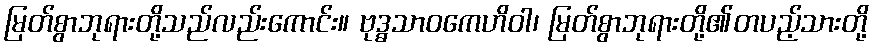
မြတ်စွာဘုရားတို့သည်လည်းကောင်း။ ဗုဒ္ဓသာဝကေဟိဝါ၊ မြတ်စွာဘုရားတို့၏တပည့်သားတို့